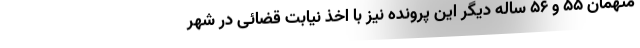
متهمان ۵۵ و ۵۶ ساله دیگر این پرونده نیز با اخذ نیابت قضائی در شهر